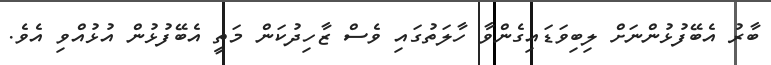
ބާރު އެބޭފުޅުންނަށް ލިބިވަޑައިގެންވާ ހާލަތުގައި ވެސް ޒާހިދުކަން މަތީ އެބޭފުޅުން އުޅުއްވި އެވެ.